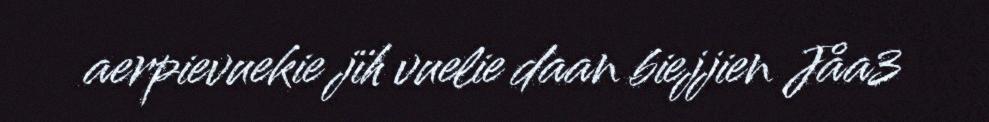
aerpievuekie jïh vuelie daan biejjien Jåa3